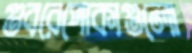
গুবরেপোকাগুলো